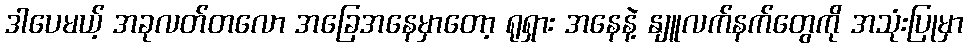
ဒါပေမယ့် အခုလတ်တလော အခြေအနေမှာတော့ ရုရှား အနေနဲ့ နျူလက်နက်တွေကို အသုံးပြုမှာ